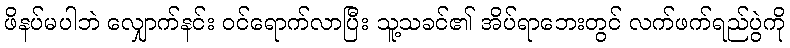
ဖိနပ်မပါဘဲ လျှောက်နင်း ဝင်ရောက်လာပြီး သူ့သခင်၏ အိပ်ရာဘေးတွင် လက်ဖက်ရည်ပွဲကို